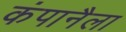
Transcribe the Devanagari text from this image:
कंपानैला